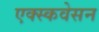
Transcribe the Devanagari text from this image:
एक्स्कवेसन